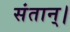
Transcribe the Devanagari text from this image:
संतान्।